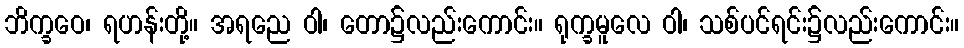
ဘိက္ခဝေ၊ ရဟန်းတို့။ အရညေ ဝါ၊ တော၌လည်းကောင်း။ ရုက္ခမူလေ ဝါ၊ သစ်ပင်ရင်း၌လည်းကောင်း။